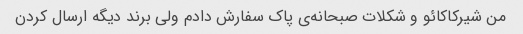
من شیرکاکائو و شکلات صبحانه‌ی پاک سفارش دادم ولی برند دیگه ارسال کردن